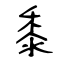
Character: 黍